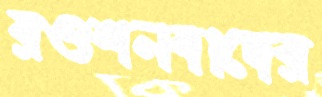
রওশনবাদের